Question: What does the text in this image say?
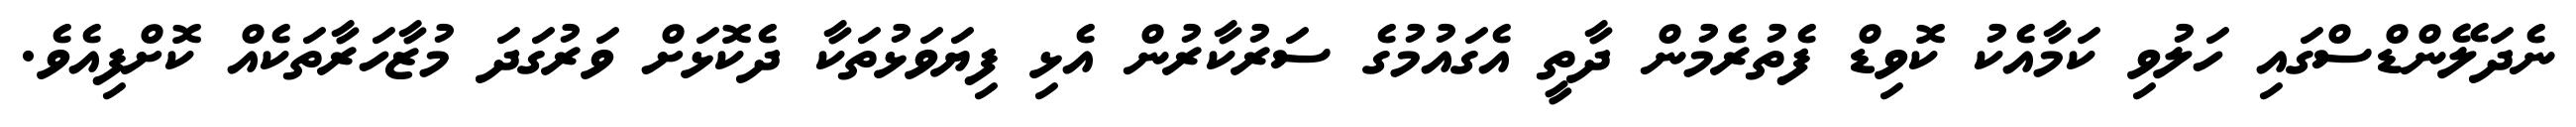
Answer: ނެދަލޭންޑްސްގައި ހަލުވި ކަމާއެކު ކޮވިޑް ފެތުރެމުން ދާތީ އެގައުމުގެ ސަރުކާރުން އެޅި ފިޔަވަޅުތަކާ ދެކޮޅަށް ވަރުގަދަ މުޒާހަރާތަކެއް ކޮށްފިއެވެ.